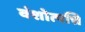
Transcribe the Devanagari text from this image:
वंशोत्पत्ति